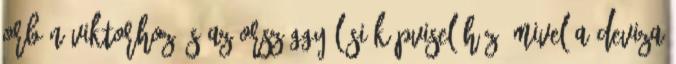
Orbán Viktorhoz és az országgyűlési képviselőhöz, mivel a deviza